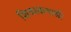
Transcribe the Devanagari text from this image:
शिवस्कन्धश्री